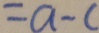
= a - c